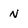
Character: N